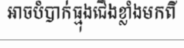
អាចបំបាក់ធ្មុងជើងខ្លាំងមកពី